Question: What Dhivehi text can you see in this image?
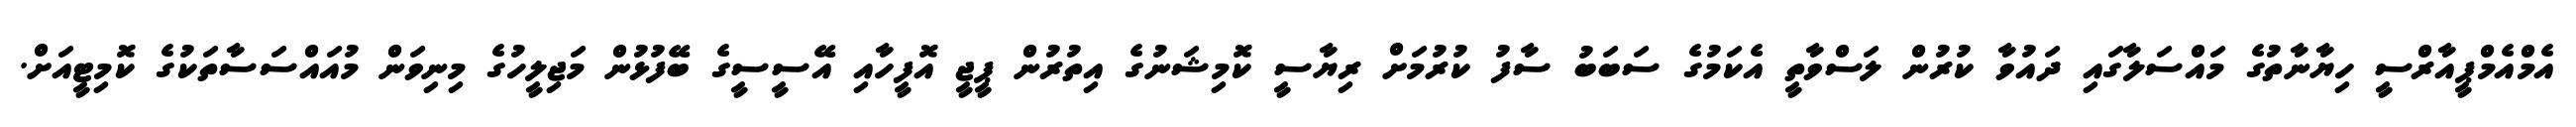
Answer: އެމްއެމްޕީއާރްސީ ހިޔާނާތުގެ މައްސަލާގައި ދައުވާ ކުރުން ލަސްވާތީ އެކަމުގެ ސަބަބު ސާފު ކުރުމަށް ރިޔާސީ ކޮމިޝަނުގެ އިތުރުން ޕީޖީ އޮފީހާއި އޭސީސީގެ ބޭފުޅުން މަޖިލީހުގެ މިނިވަން މުއައްސަސާތަކުގެ ކޮމިޓީއަށް.